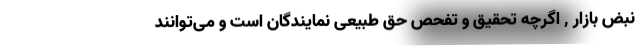
نبض بازار , اگرچه تحقیق و تفحص حق طبیعی نمایندگان است و می‌توانند